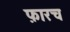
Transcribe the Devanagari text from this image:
फ़ारच